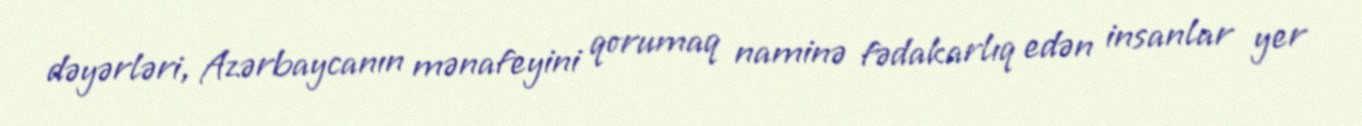
dəyərləri, Azərbaycanın mənafeyini qorumaq naminə fədakarlıq edən insanlar yer